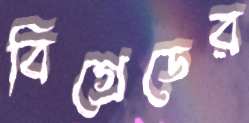
বিগ্রেডের